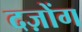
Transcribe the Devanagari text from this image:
दज़ोंग